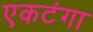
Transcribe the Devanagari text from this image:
एकटंगा